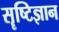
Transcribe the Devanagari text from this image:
सॄष्टिज्ञान